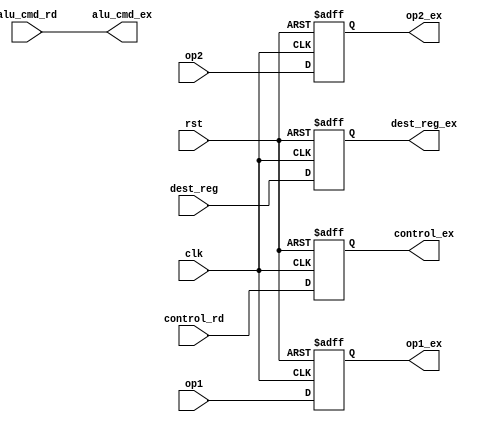
`timescale 1ns/1ps

module RD2EX   #(// General Parameters
                 parameter D_SIZE = 32,
                 parameter A_SIZE = 10)
                 (// General
                 input               clk,
                 input               rst,
                 // Input <- READ:
                 input         [1:0] control_rd,
                 input         [6:0] alu_cmd_rd,
                 //   -operands
                 input  [D_SIZE-1:0] op1,
                 input  [D_SIZE-1:0] op2,
                 input         [2:0] dest_reg,
                 // Output -> EXECUTE:
                 //   -control signals
                 output        [1:0] control_ex,
                 output        [6:0] alu_cmd_ex,
                 //   -operands
                 output [D_SIZE-1:0] op1_ex,
                 output [D_SIZE-1:0] op2_ex,
                 output        [2:0] dest_reg_ex
                 );
    
    // Reg for control signals
    reg       [15:0] control_reg; 
                 
    // Reg for operands
    reg [D_SIZE-1:0] op1_reg;
    reg [D_SIZE-1:0] op2_reg;
    //
    reg        [2:0] dest_reg_reg;
 
    // Assignments for control signals
    assign control_ex = control_reg;
    assign alu_cmd_ex = alu_cmd_rd;
    
    // Assignments for operands
    assign op1_ex        = op1_reg;
    assign op2_ex        = op2_reg;
    assign dest_reg_ex   = dest_reg_reg;
                 
    always @(posedge clk or negedge rst)
    begin
        if(~rst)
        begin
        //Control Signals
            control_reg    <= 16'b0;
        // Operands
            op1_reg        <= 0;
            op2_reg        <= 0;
        //    
            dest_reg_reg   <= 0;
        end
        else
        begin
        //Control Signals
            control_reg <= control_rd;
        // Operands
            op1_reg        <= op1;
            op2_reg        <= op2;
        //    
            dest_reg_reg   <= dest_reg;
        end
    end
endmodule